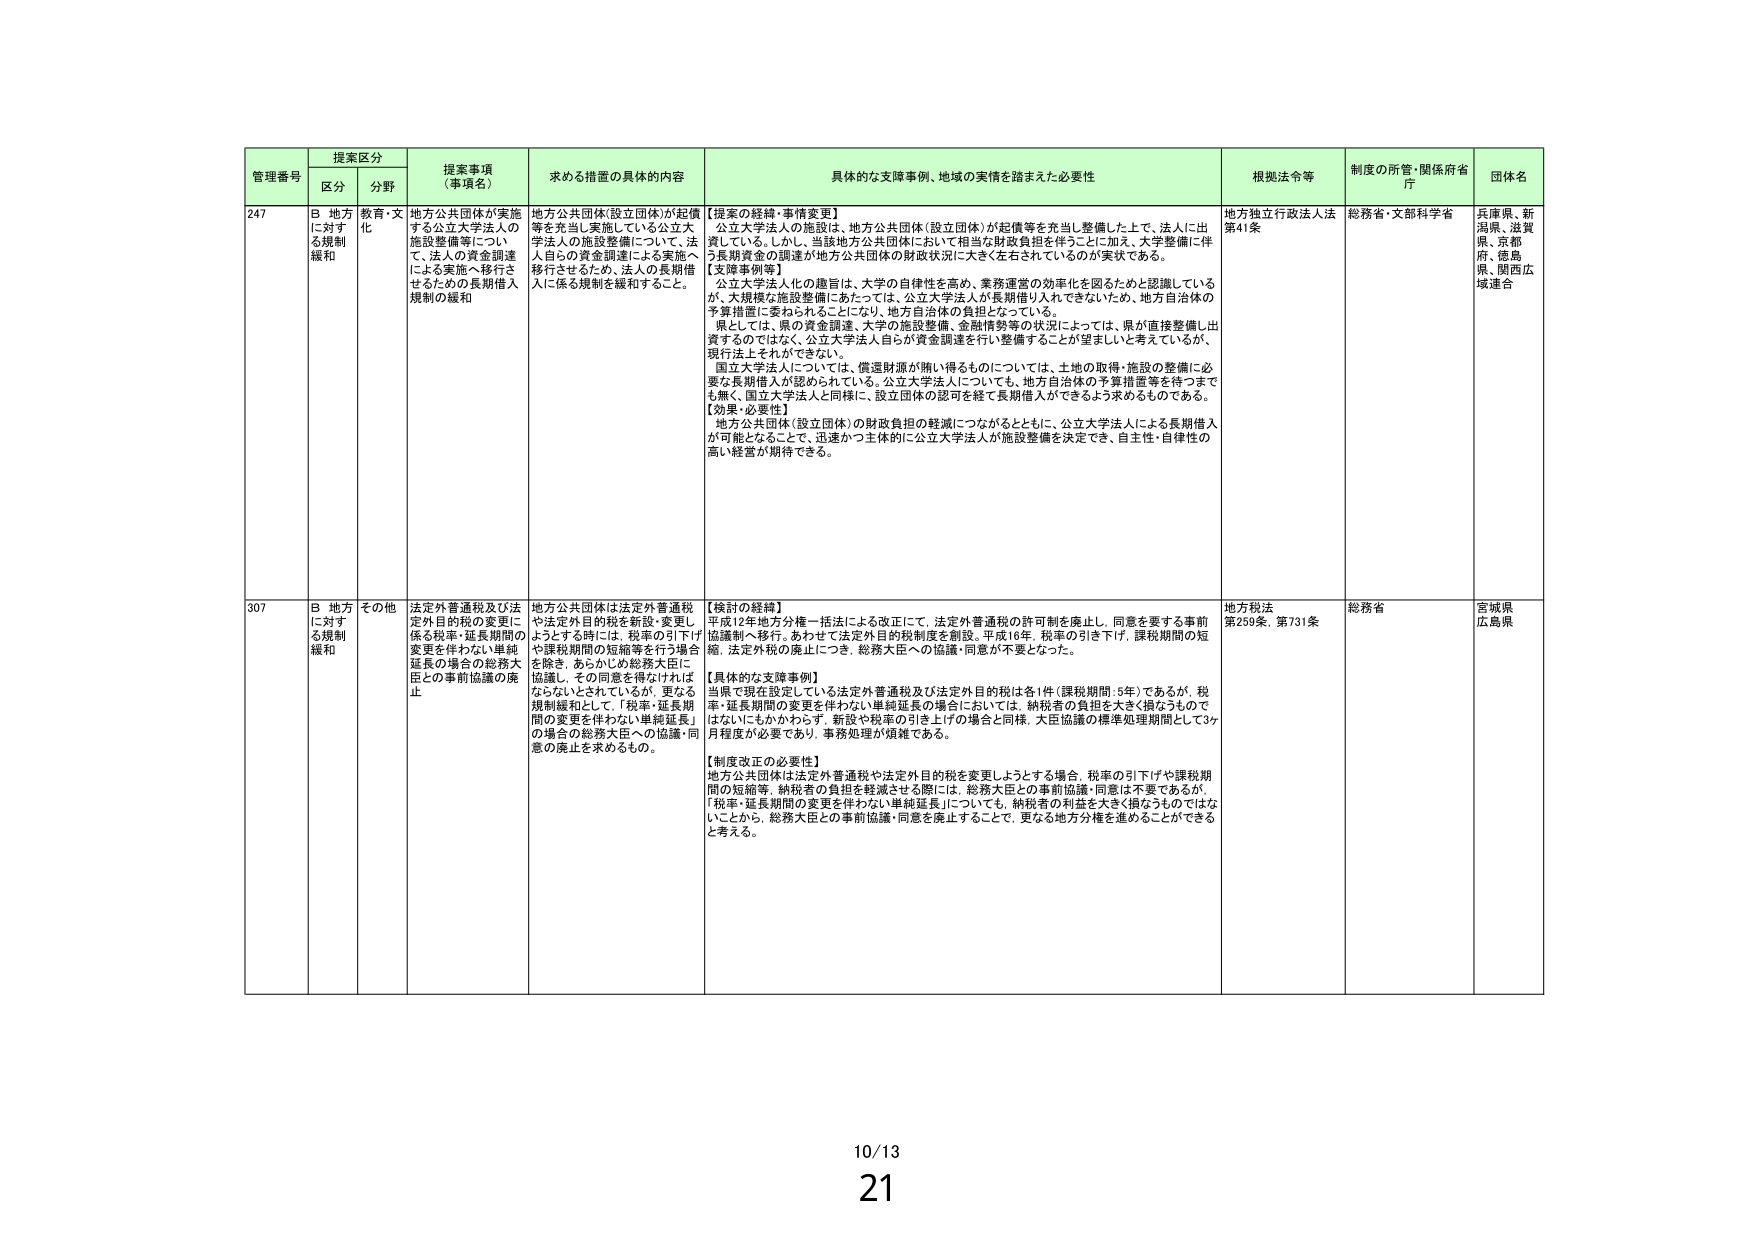
管理番号 提案区分 提案事項（事項名） 求める措置の具体的内容 具体的な支障事例、地域の実情を踏まえた必要性 根拠法令等 制度の所管・関係府省庁 団体名
区分 分野
247 B 地方に対する規制緩和 教育・文化 地方公共団体が実施する公立大学法人の施設整備等について、法人の資金調達による実施へ移行させるための長期借入規制の緩和 地方公共団体(設立団体)が起債等を充当し実施している公立大学法人の施設整備について、法人自らの資金調達による実施へ移行させるため、法人の長期借入に係る規制を緩和すること。 【提案の経緯・事情変更】 公立大学法人の施設は、地方公共団体(設立団体)が起債等を充当し整備した上で、法人に出資している。しかし、当該地方公共団体において相当な財政負担を伴うことに加え、大学整備に伴う長期資金の調達が地方公共団体の財政状況に大きく左右されているのが実状である。 【支障事例等】 ・公立大学法人化の趣旨は、大学の自律性を高め、業務運営の効率化を図るためと認識しているが、大規模な施設整備にあたっては、公立大学法人が長期借り入れできないため、地方自治体の予算措置に委ねられることになり、地方自治体の負担となっている。 県としては、県の資金調達、大学の施設整備、金融情勢等の状況によっては、県が直接整備し出資するのではなく、公立大学法人自らが資金調達を行い整備することが望ましいと考えているが、現行法上それができない。 国立大学法人については、償還財源が無い得るものについては、土地の取得・施設の整備に必要な長期借入が認められている。公立大学法人についても、地方自治体の予算措置等を待つまでも無く、国立大学法人と同様に、設立団体の認可を経て長期借入ができるよう求めるものである。 【効果・必要性】 地方公共団体(設立団体)の財政負担の軽減につながるとともに、公立大学法人による長期借入が可能となることで、迅速かつ主体的に公立大学法人が施設整備を決定でき、自主性・自律性の高い経営が期待できる。 地方独立行政法人法第41条 総務省・文部科学省 兵庫県、新潟県、滋賀県、京都府、徳島県、関西広域連合
307 B 地方に対する規制緩和 その他 法定外普通税及び法定外目的税の変更に係る税率・延長期間の変更を伴わない単純延長の場合の総務大臣との事前協議の廃止 地方公共団体は法定外普通税や法定外目的税を新設・変更しようとする時には、税率の引下げや課税期間の短縮等を行う場合を除き、あらかじめ総務大臣に協議し、その同意を得なければならないとされているが、更なる規制緩和として、「税率・延長期間の変更を伴わない単純延長」の場合の総務大臣への協議・同意の廃止を求めるもの。 【検討の経緯】 平成12年地方分権一括法による改正にて、法定外普通税の許可制を廃止し、同意を要する事前協議制へ移行。あわせて法定外目的税制度を創設。平成16年、税率の引き下げ、課税期間の短縮、法定外税の廃止につき、総務大臣への協議・同意が不要となった。 【具体的な支障事例】 当県で現在設定している法定外普通税及び法定外目的税は各1件(課税期間:5年)であるが、税率・延長期間の変更を伴わない単純延長の場合においては、納税者の負担を大きく損なうものではないにもかかわらず、新設や税率の引き上げの場合と同様、大臣協議の標準処理期間として3ヶ月程度が必要であり、事務処理が煩雑である。 【制度改正の必要性】 地方公共団体は法定外普通税や法定外目的税を変更しようとする場合、税率の引下げや課税期間の短縮等、納税者の負担を軽減させる際には、総務大臣との事前協議・同意は不要であるが、「税率・延長期間の変更を伴わない単純延長」についても、納税者の利益を大きく損なうものではないことから、総務大臣との事前協議・同意を廃止することで、更なる地方分権を進めることができると考える。 地方税法第259条、第731条 総務省 宮城県、広島県
10/13
21